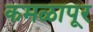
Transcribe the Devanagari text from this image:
कमळापूर